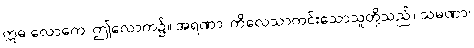
ဣဓ လောကေ၊ ဤလောက၌။ အရဏာ၊ ကိလေသာကင်းသောသူတို့သည်။ သမဏာ၊